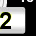
Digit: 2